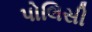
પોલિસી